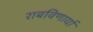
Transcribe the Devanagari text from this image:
राबविणार्या